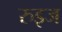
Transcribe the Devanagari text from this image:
रुइज